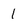
Character: 1